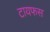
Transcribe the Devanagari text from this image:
टायफस